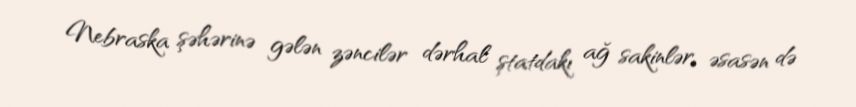
Nebraska şəhərinə gələn zəncilər dərhal ştatdakı ağ sakinlər, əsasən də